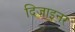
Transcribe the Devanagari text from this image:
दिज़ाइनर